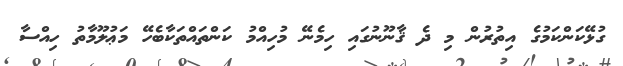
ގުޅޭކަންކަމުގެ އިތުރުން މި ދެ ޤާނޫނުގައި ހިމެނޭ މުހިއްމު ކަންތައްތަކާބެހޭ މަޢުލޫމާތު ހިއްސާ